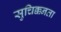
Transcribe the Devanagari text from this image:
सुचिक्कनता